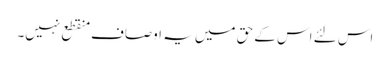
اس لئے اس کے حق میں یہ اوصاف منقطع نہیں۔